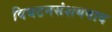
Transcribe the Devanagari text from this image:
विघटनसंशयवाद